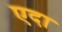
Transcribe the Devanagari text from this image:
एदा